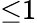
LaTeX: {\leq}1